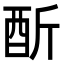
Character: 𨠇